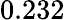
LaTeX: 0.232